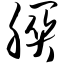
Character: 朕